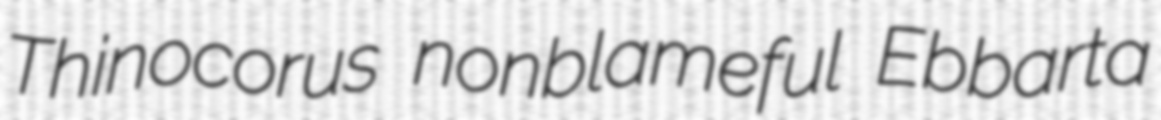
Thinocorus nonblameful Ebbarta